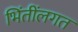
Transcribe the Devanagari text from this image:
भिंतींलगत